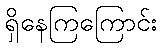
ရှိနေကြကြောင်း